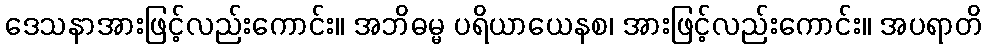
ဒေသနာအားဖြင့်လည်းကောင်း။ အဘိဓမ္မ ပရိယာယေနစ၊ အားဖြင့်လည်းကောင်း။ အပရာတိ